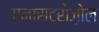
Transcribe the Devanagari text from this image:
एनासटरोज़ोल